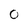
Character: O